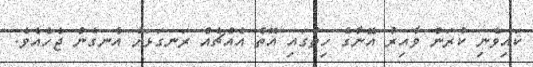
ކައިވެނި ކުރަން ވާއިރު އޭނާގެ ހިތުގައި އޮތް އެއްޗެއް ރަނގަޅަށް އެނގެން ޖެހެއެވެ.